Anatomy and histology of ticks - Number 23
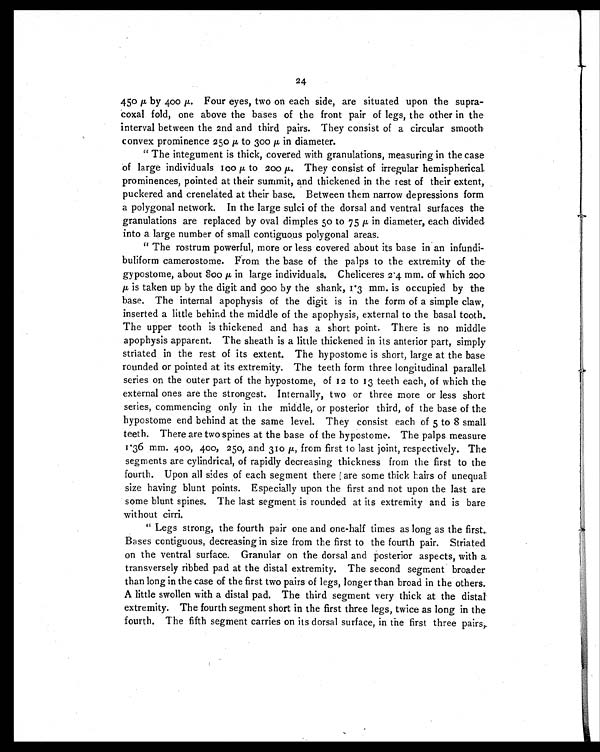
24
450 µ by 400 µ. Four eyes, two on each side, are situated upon the supra-
coxal fold, one above the bases of the front pair of legs, the other in the
interval between the 2nd and third pairs. They consist of a circular smooth
convex prominence 250 µ to 300 µ in diameter.
"The integument is thick, covered with granulations, measuring in the case
of large individuals 100 µ to 200 µ. They consist of irregular hemispherical
prominences, pointed at their summit, and thickened in the rest of their extent,
puckered and crenelated at their base. Between them narrow depressions form
a polygonal network. In the large sulci of the dorsal and ventral surfaces the
granulations are replaced by oval dimples 50 to 75 µ in diameter, each divided
into a large number of small contiguous polygonal areas.
"The rostrum powerful, more or less covered about its base in an infundi-
buliform camerostome. From the base of the palps to the extremity of the
gypostome, about 800 µ in large individuals. Cheliceres 2.4 mm. of which 200
µ is taken up by the digit and 900 by the shank, 1.3 mm. is occupied by the
base. The internal apophysis of the digit is in the form of a simple claw,
inserted a little behind the middle of the apophysis, external to the basal tooth.
The upper tooth is thickened and has a short point. There is no middle
apophysis apparent. The sheath is a little thickened in its anterior part, simply
striated in the rest of its extent. The hypostome is short, large at the base
rounded or pointed at its extremity. The teeth form three longitudinal parallel
series on the outer part of the hypostome, of 12 to 13 teeth each, of which the
external ones are the strongest. Internally, two or three more or less short
series, commencing only in the middle, or posterior third, of the base of the
hypostome end behind at the same level. They consist each of 5 to 8 small
teeth. There are two spines at the base of the hypostome. The palps measure
1.36 mm. 400, 400, 250, and 310 µ, from first to last joint, respectively. The
segments are cylindrical, of rapidly decreasing thickness from the first to the
fourth. Upon all sides of each segment there are some thick hairs of unequal
size having blunt points. Especially upon the first and not upon the last are
some blunt spines. The last segment is rounded at its extremity and is bare
without cirri.
"Legs strong, the fourth pair one and one-half times as long as the first.
Bases contiguous, decreasing in size from the first to the fourth pair. Striated
on the ventral surface. Granular on the dorsal and posterior aspects, with a
transversely ribbed pad at the distal extremity. The second segment broader
than long in the case of the first two pairs of legs, longer than broad in the others.
A little swollen with a distal pad. The third segment very thick at the distal
extremity. The fourth segment short in the first three legs, twice as long in the
fourth. The fifth segment carries on its dorsal surface, in the first three pairs,